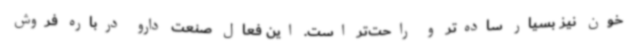
خون نیز بسیار ساده‌تر و راحت‌تر است. این فعال صنعت دارو درباره فروش